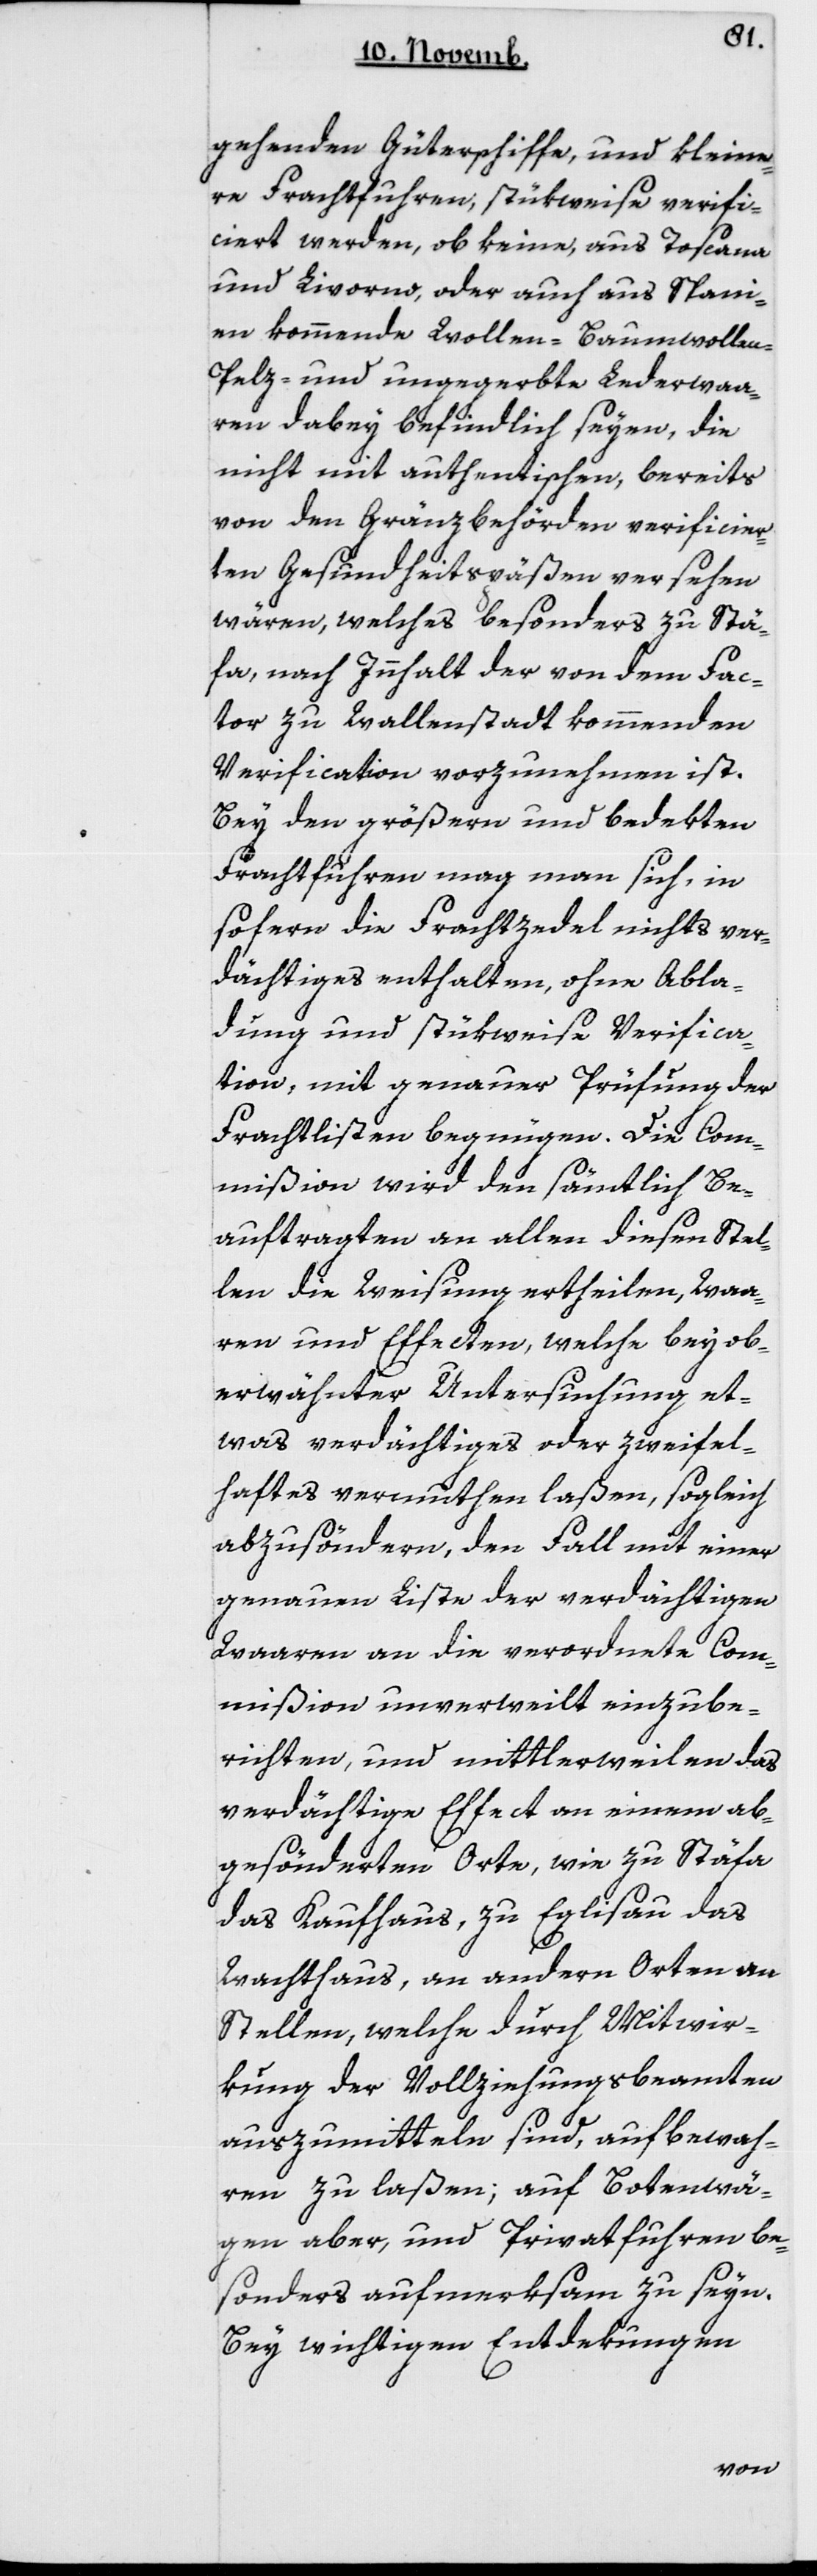
gehenden Güterschiffe und kleine¬
re Frachtfuhren, stükweise verifi¬
ciert werden, ob keine, aus Toscana
und Livorno, oder auch aus Spani¬
en kommende Wollen-, Baumwollen-,
Pelz- und ungegerbte Lederwaa¬
ren dabey befindlich seyen, die
nicht mit authentischen, bereits
von den Gränzbehörden verificier¬
ten Gesundheitspäßen versehen
wären, welches besonders zu Stä¬
fa, nach Innhalt der von dem Fac¬
tor zu Wallenstadt kommenden
Verification vorzunehmen ist.
Bey den größeren und bedekten
Frachtfuhren mag man sich, in
sofern die Frachtzedel nichts Ver¬
dächtiges enthalten, ohne Abla¬
dung und stükweise Verfifica¬
tion, mit genauer Prüfung der
Frachtlisten begnügen. Die Com¬
mißion wird den sämtlich Be¬
auftragten an allen diesen Stel¬
len die Weisung ertheilen, Waa¬
ren und Effecten, welche bey ob¬
erwähnter Untersuchung et¬
was verdächtiges oder zweifel¬
haftes vermuthen laßen, sogleich
abzusöndern, den Fall mit einer
genauen Liste der verdächtigen
Waaren an die verordnete Com¬
mißion unverweilt einzube¬
richten, und mittlerweilen das
verdächtige Effect an einem ab¬
gesönderten Orte, wie zu Stäfa
das Kaufhaus, zu Eglisau das
Wachthaus, an andern Orten an
Stellen, welche durch Mitwir¬
kung der Vollziehungsbeamten
auszumitteln sind, aufbewah¬
ren zu laßen; auf Botenwä¬
gen aber und Privatfuhren be¬
sonders aufmerksam zu seyn.
Bey wichtigen Entdekungen